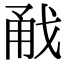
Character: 㦷